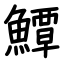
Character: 鱏